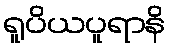
ရူပိယပူရာနိ